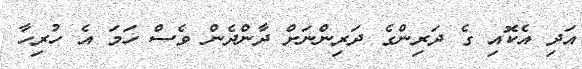
އަދި އެކޮއި ގެ ދަރިންގެ ދަރިންނަށް ދާންދެން ވެސް ހަމަ އެ ހުރިހާ